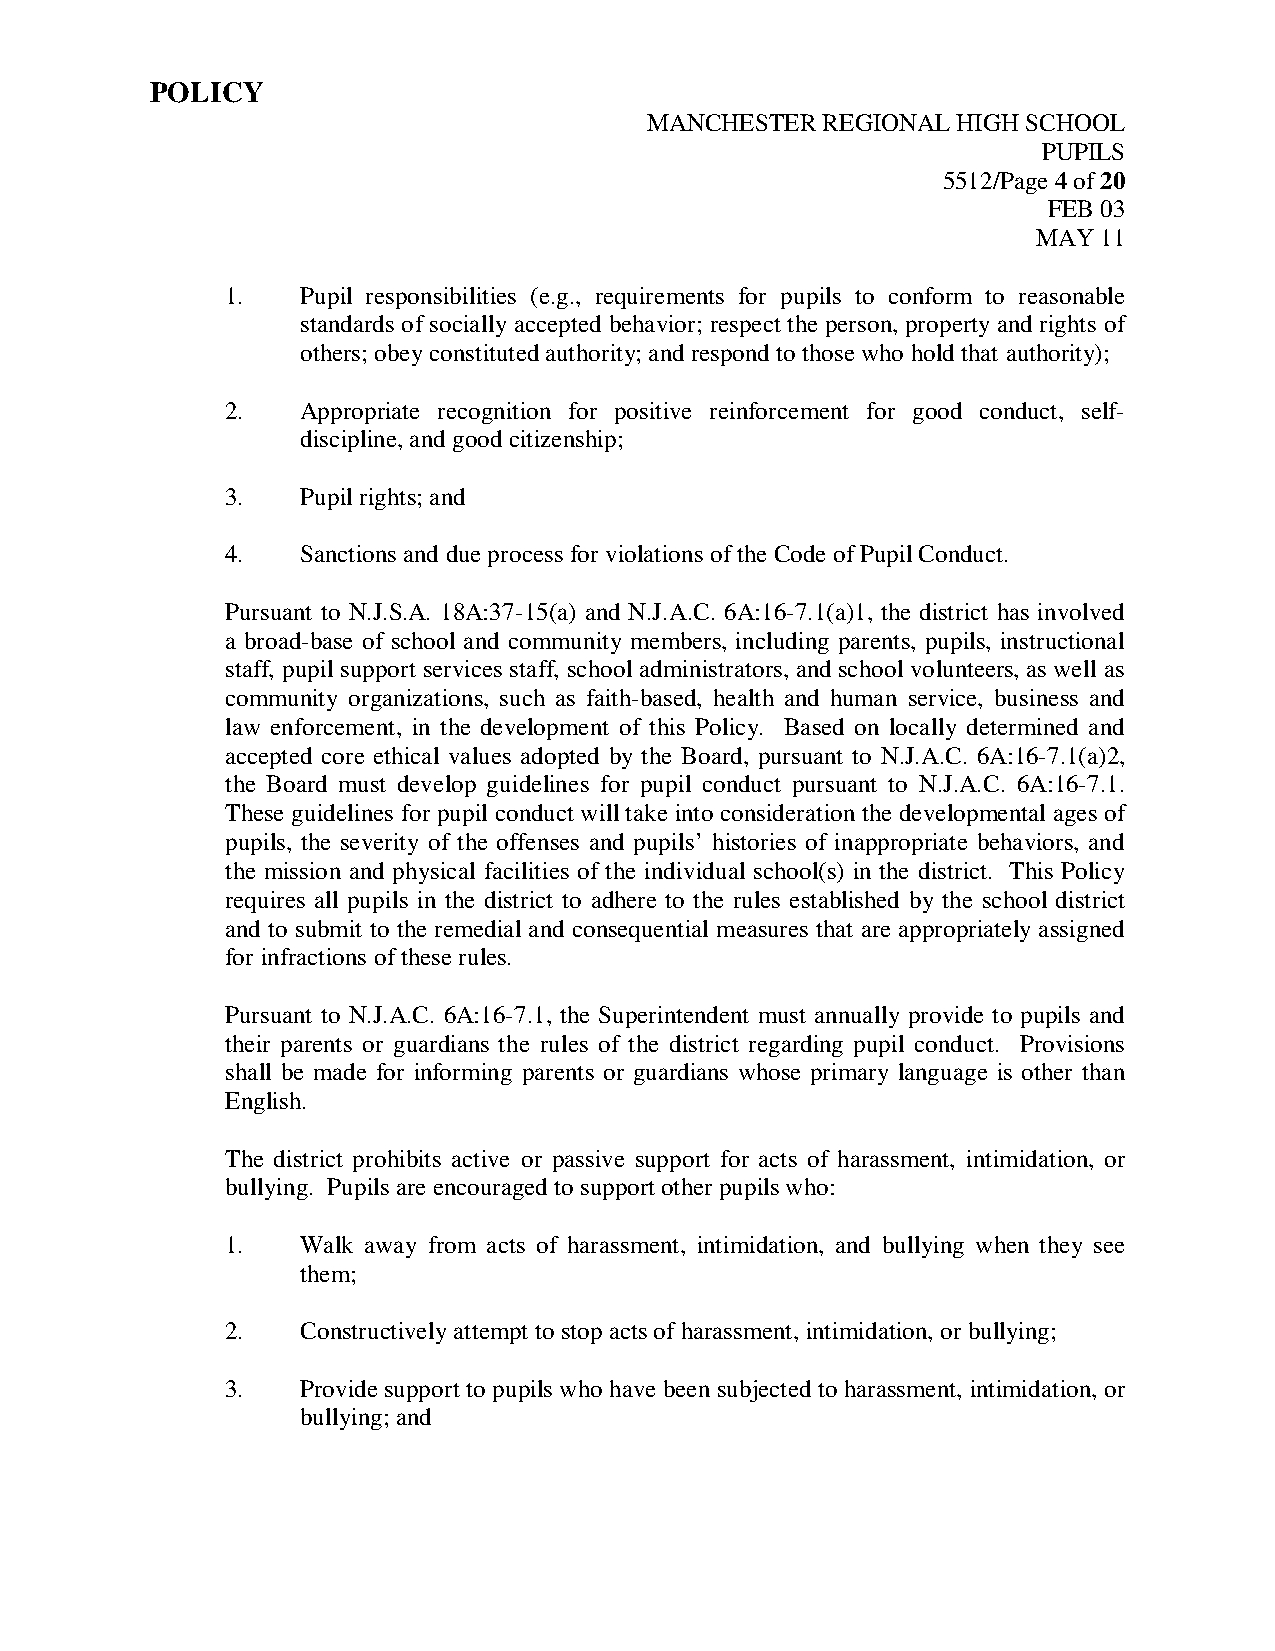
POLICY
 MANCHESTER REGIONAL HIGH SCHOOL
 PUPILS
 5512/Page 4 of 20
 FEB 03
 MAY 11
 1.   Pupil responsibilities (e.g., requirements for pupils to conform to reasonable
 standards of socially accepted behavior; respect the person, property and rights of
 others; obey constituted authority; and respond to those who hold that authority);
 2.   Appropriate recognition for positive reinforcement for good conduct, self-
 discipline, and good citizenship;
 3.   Pupil rights; and
 4.   Sanctions and due process for violations of the Code of Pupil Conduct.
 Pursuant to N.J.S.A. 18A:37-15(a) and N.J.A.C. 6A:16-7.1(a)1, the district has involved
 a broad-base of school and community members, including parents, pupils, instructional
 staff, pupil support services staff, school administrators, and school volunteers, as well as
 community organizations, such as faith-based, health and human service, business and
 law enforcement, in the development of this Policy. Based on locally determined and
 accepted core ethical values adopted by the Board, pursuant to N.J.A.C. 6A:16-7.1(a)2,
 the Board must develop guidelines for pupil conduct pursuant to N.J.A.C. 6A:16-7.1.
 These guidelines for pupil conduct will take into consideration the developmental ages of
 pupils, the severity of the offenses and pupils’ histories of inappropriate behaviors, and
 the mission and physical facilities of the individual school(s) in the district. This Policy
 requires all pupils in the district to adhere to the rules established by the school district
 and to submit to the remedial and consequential measures that are appropriately assigned
 for infractions of these rules.
 Pursuant to N.J.A.C. 6A:16-7.1, the Superintendent must annually provide to pupils and
 their parents or guardians the rules of the district regarding pupil conduct. Provisions
 shall be made for informing parents or guardians whose primary language is other than
 English.
 The district prohibits active or passive support for acts of harassment, intimidation, or
 bullying. Pupils are encouraged to support other pupils who:
 1.   Walk away from acts of harassment, intimidation, and bullying when they see
 them;
 2.   Constructively attempt to stop acts of harassment, intimidation, or bullying;
 3.   Provide support to pupils who have been subjected to harassment, intimidation, or
 bullying; and